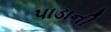
પાડાની